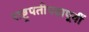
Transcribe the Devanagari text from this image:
राष्ट्रपतीपदापूर्वी